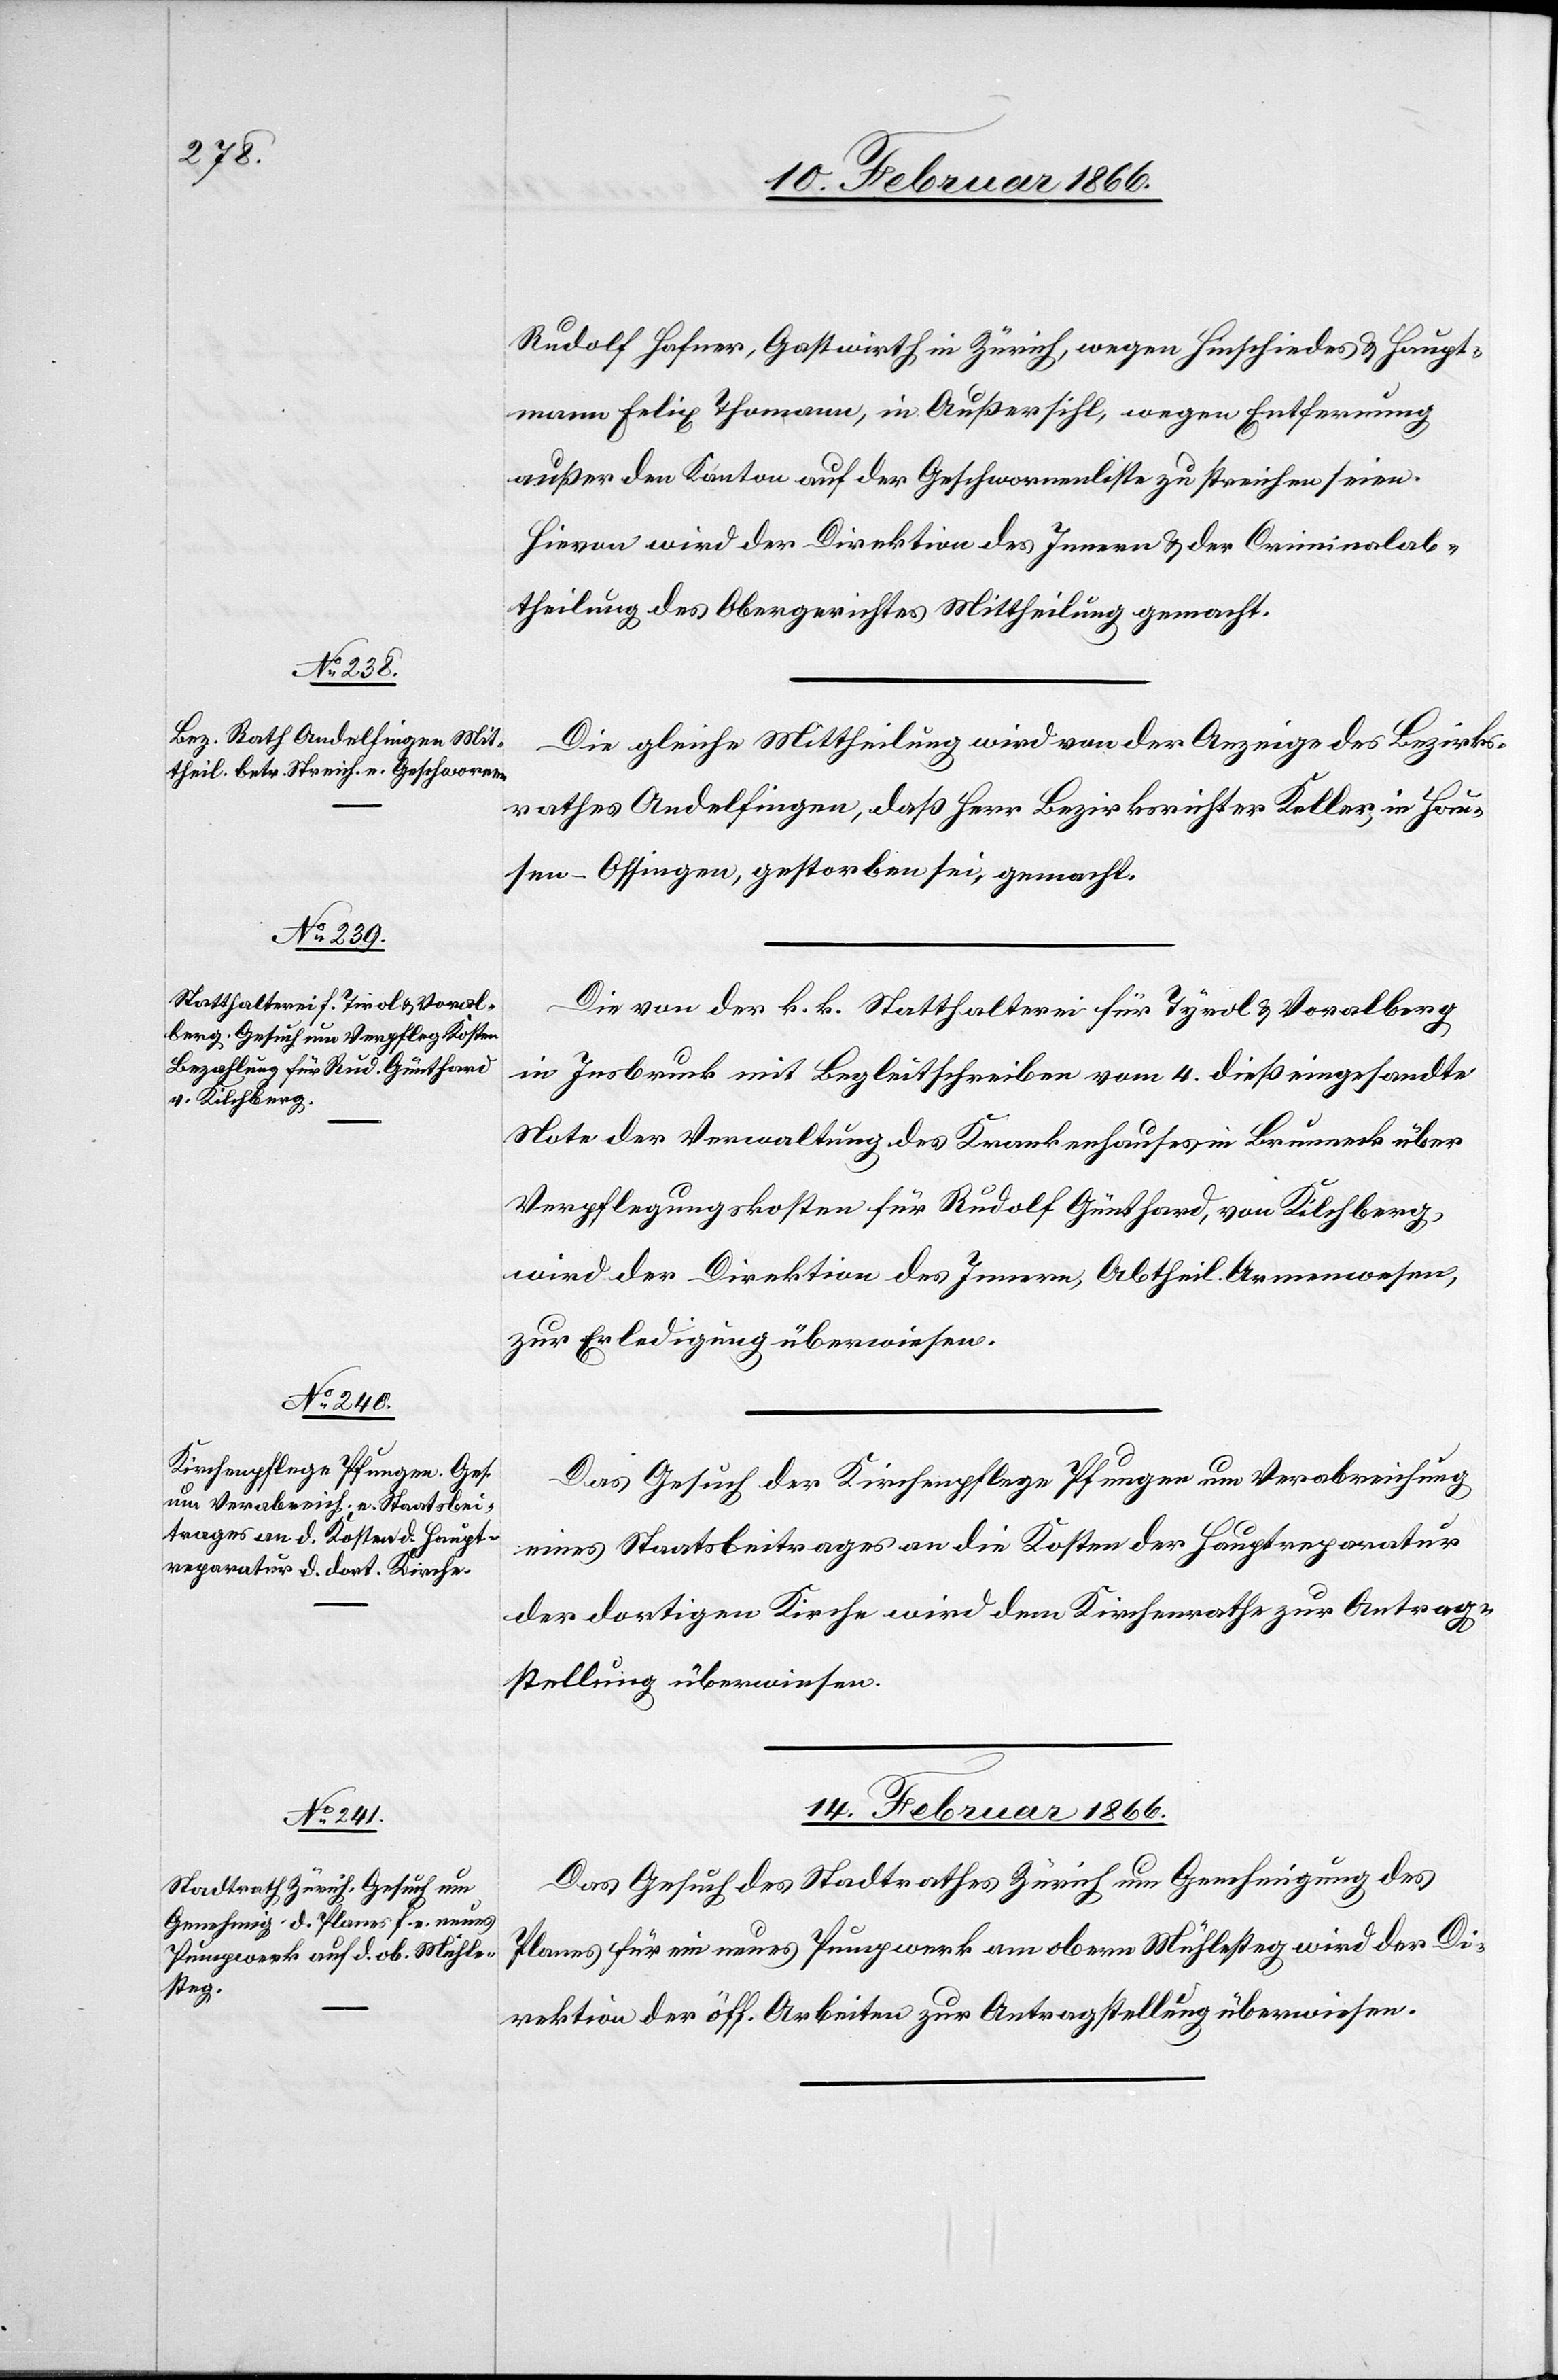
14. Februar 1866.
Rudolf Hafner, Gastwirth in Zürich, wegen Hinschiedes & Haupt¬
mann Felix Thalmann, in Außersihl, wegen Entfernung
außer den Kanton auf der Geschwornenliste zu streichen seien.
Hievon wird der Direktion des Innern u. der Criminalab¬
theilung des Obergerichtes Mittheilung gemacht.
Die gleiche Mittheilung wird von der Anzeige des Bezirks¬
rathes Andelfingen, daß Herr Bezirksrichter Keller, in Hau¬
sen - Ossingen, gestorben sei, gemacht.
Die von der k. k. Statthalterei für Tyrol u. Vorarlberg
in Insbruck mit Begleitschreiben vom 4. dieß eingesandte
Note der Verwaltung des Krankenhauses in Brunneck über
Verpflegungskosten für Rudolf Günthard, von Kilchberg,
wird der Direktion des Innern, Abtheil. Armenwesen,
zur Erledigung überwiesen.
Das Gesuch der Kirchenpflege Pfungen um Verabreichung
eines Staatsbeitrages an die Kosten der Hauptreparatur
der dortigen Kirche wird dem Kirchenrathe zur Antrag¬
stellung überwiesen.
Das Gesuch des Stadtrathes Zürich um Genehmigung des
Planes für ein neues Pumpwerk am obern Mühlesteg wird der Di¬
rektion der öff. Arbeiten zur Antragstellung überwiesen.